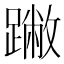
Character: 䠥